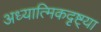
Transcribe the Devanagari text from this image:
अध्यात्मिकदृष्ट्या